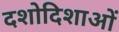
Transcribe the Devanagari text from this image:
दशोदिशाओं